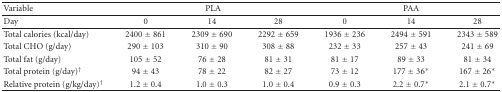
| Variable | <COLSPAN=3> PLA | <COLSPAN=3> PAA |
 | --- | --- | --- | --- | --- | --- | --- |
 | Day | 0 | 14 | 28 | 0 | 14 | 28 |
 | Total calories (kcal/day) | 2400 ± 861 | 2309 ± 690 | 2292 ± 659 | 1936 ± 236 | 2494 ± 591 | 2343 ± 589 |
 | Total CHO (g/day) | 290 ± 103 | 310 ± 90 | 308 ± 88 | 232 ± 33 | 257 ± 43 | 241 ± 69 |
 | Total fat (g/day) | 105 ± 52 | 76 ± 28 | 81 ± 31 | 81 ± 17 | 89 ± 33 | 81 ± 34 |
 | Total protein (g/day)† | 94 ± 43 | 78 ± 22 | 82 ± 27 | 73 ± 12 | 177 ± 36* | 167 ± 26* |
 | Relative protein (g/kg/day)† | 1.2 ± 0.4 | 1.0 ± 0.3 | 1.0 ± 0.4 | 0.9 ± 0.3 | 2.2 ± 0.7* | 2.1 ± 0.7* |